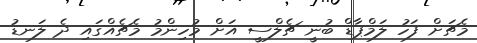
މެޗަށް ފަހު ލަމްޕާޑް ބުނީ ޗެލްސީ އަށް މުހިންމު މެޗެއްގައި ދެ ލަނޑު